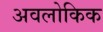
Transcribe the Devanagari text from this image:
अवलोकिक